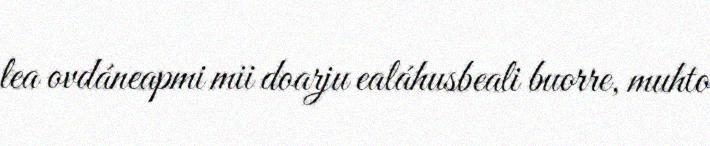
lea ovdáneapmi mii doarju ealáhusbeali buorre, muhto